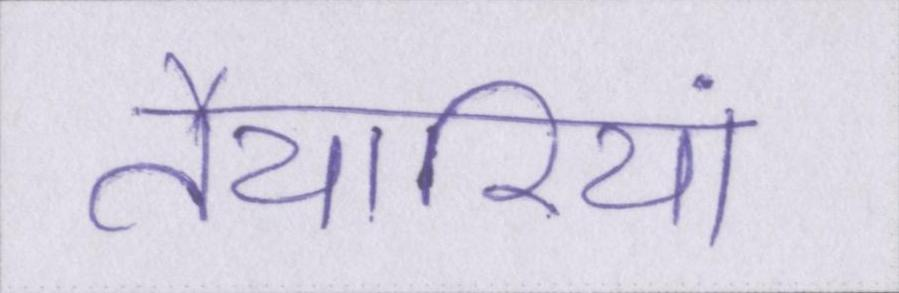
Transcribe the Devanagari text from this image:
तैयारियां